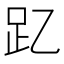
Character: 𮛁